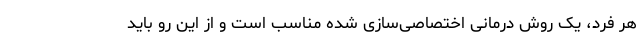
هر فرد، یک روش درمانی اختصاصی‌سازی شده مناسب است و از این رو باید